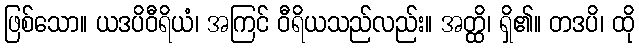
ဖြစ်သော။ ယဒပိဝီရိယံ၊ အကြင် ဝီရိယသည်လည်း။ အတ္ထိ၊ ရှိ၏။ တဒပိ၊ ထို